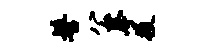
髻公拳役